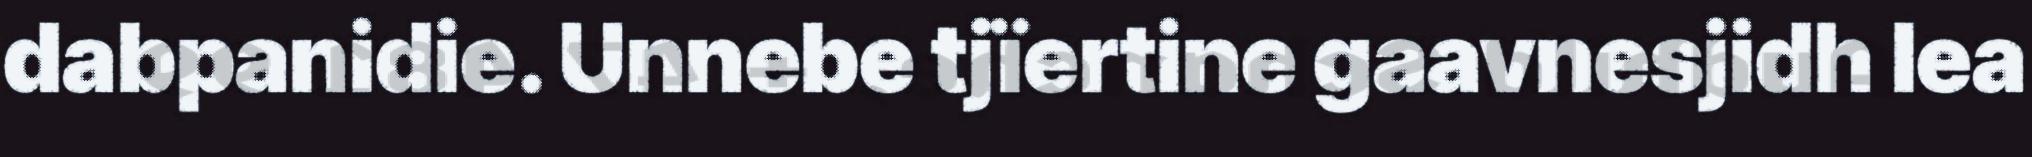
dabpanidie. Unnebe tjïertine gaavnesjidh lea